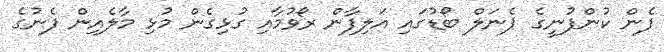
ފެން ކުންފުނީގެ ޕެނަލް ބޯޑުގައި އަލިފާން ރޯވުމާއި ގުޅިގެން މުޅި މާލެއިން ފެނުގެ